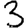
Digit: 3